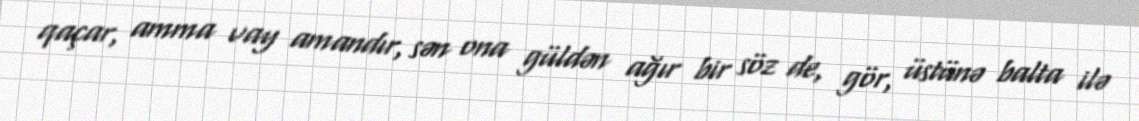
qaçar, amma vay amandır, sən ona güldən ağır bir söz de, gör, üstünə balta ilə